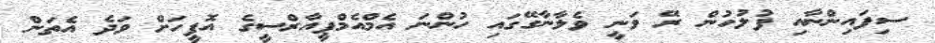
ސިފައިންނާއި ފުލުހުން ރޭ ވަނީ ވެލާނާގޭގައި ހުންނަ އެމްއެމްޕީއާރްސީގެ އޮފީހަށް ވަދެ އެތަން